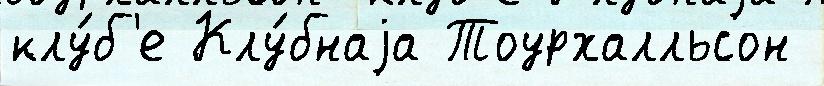
клу́б'е Клу́бнаjа Тоурхалльсон